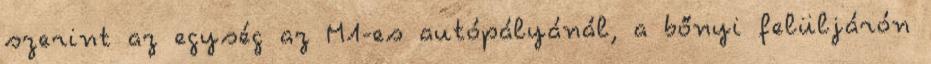
szerint az egység az M1-es autópályánál, a bőnyi felüljárón